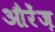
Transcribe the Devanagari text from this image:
औरेंज़